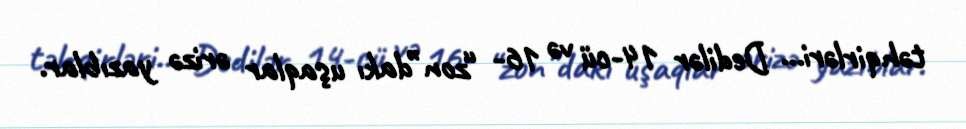
təhqirləri... Dedilər 14-cü və 16- “zon”dakı uşaqlar ərizə yazıblar.